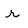
Character: r